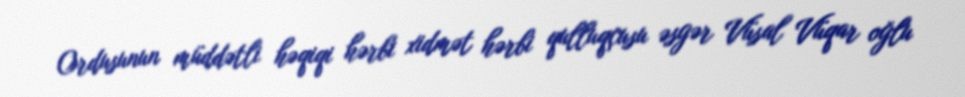
Ordusunun müddətli həqiqi hərbi xidmət hərbi qulluqçusu əsgər Vüsal Vüqar oğlu